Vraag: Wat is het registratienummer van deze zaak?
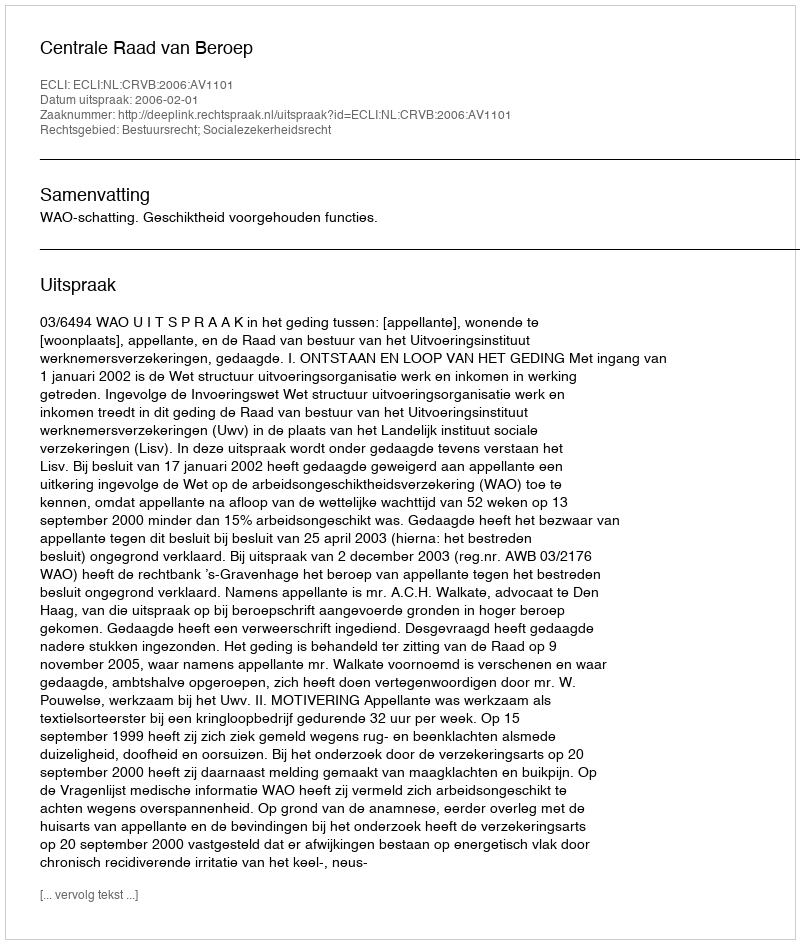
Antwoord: http://deeplink.rechtspraak.nl/uitspraak?id=ECLI:NL:CRVB:2006:AV1101